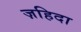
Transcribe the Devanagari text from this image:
ज़हिदा